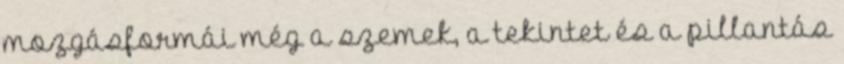
mozgásformái még a szemek, a tekintet és a pillantás